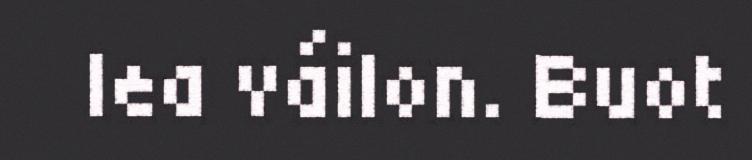
lea váilon. Buot